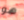
هو